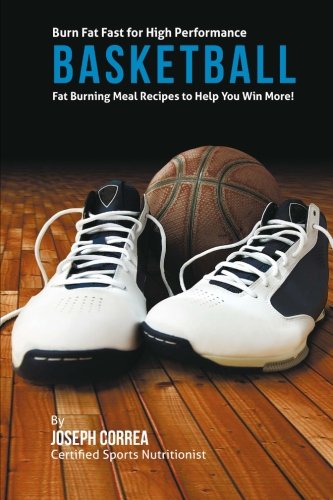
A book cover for Burn Fat Fast for High Performance Basketball: Fat Burning Meal Recipes to Help You Win More!; Joseph Correa (Certified Sports Nutritionist); Sports & Outdoors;